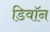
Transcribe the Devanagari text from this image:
डिवॉन